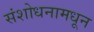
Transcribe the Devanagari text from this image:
संशोधनामधून